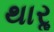
થારૢ